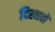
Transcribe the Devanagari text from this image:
दिखावों